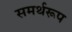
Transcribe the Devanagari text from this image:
समर्थरूप